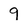
Character: 9